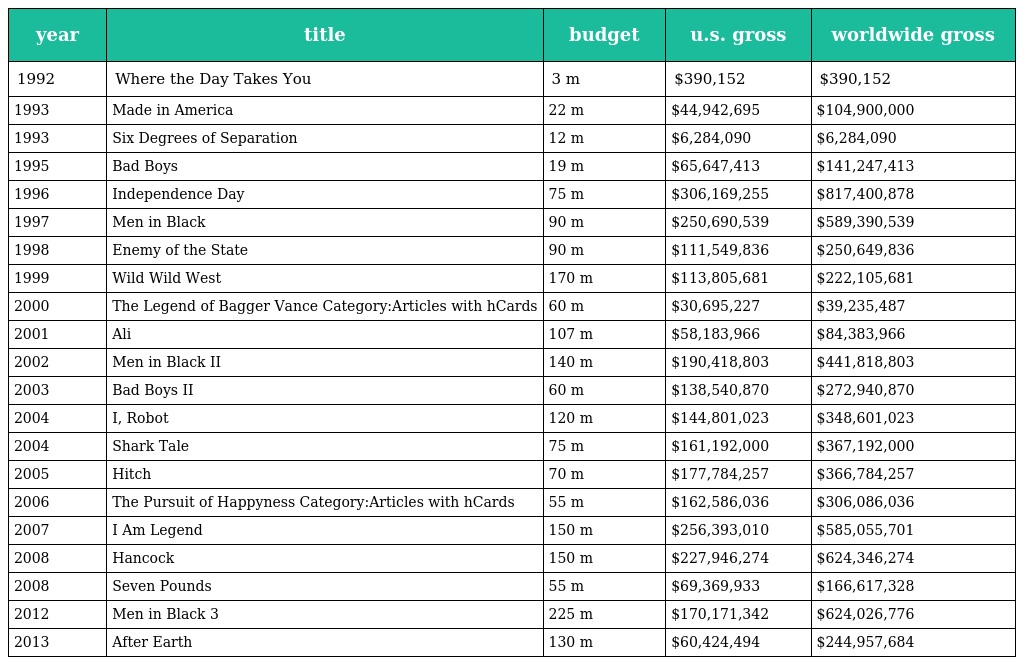
| year | title | budget | u.s. gross | worldwide gross |
 | --- | --- | --- | --- | --- |
 | 1992 | Where the Day Takes You | 3 m | $390,152 | $390,152 |
 | 1993 | Made in America | 22 m | $44,942,695 | $104,900,000 |
 | 1993 | Six Degrees of Separation | 12 m | $6,284,090 | $6,284,090 |
 | 1995 | Bad Boys | 19 m | $65,647,413 | $141,247,413 |
 | 1996 | Independence Day | 75 m | $306,169,255 | $817,400,878 |
 | 1997 | Men in Black | 90 m | $250,690,539 | $589,390,539 |
 | 1998 | Enemy of the State | 90 m | $111,549,836 | $250,649,836 |
 | 1999 | Wild Wild West | 170 m | $113,805,681 | $222,105,681 |
 | 2000 | The Legend of Bagger Vance Category:Articles with hCards | 60 m | $30,695,227 | $39,235,487 |
 | 2001 | Ali | 107 m | $58,183,966 | $84,383,966 |
 | 2002 | Men in Black II | 140 m | $190,418,803 | $441,818,803 |
 | 2003 | Bad Boys II | 60 m | $138,540,870 | $272,940,870 |
 | 2004 | I, Robot | 120 m | $144,801,023 | $348,601,023 |
 | 2004 | Shark Tale | 75 m | $161,192,000 | $367,192,000 |
 | 2005 | Hitch | 70 m | $177,784,257 | $366,784,257 |
 | 2006 | The Pursuit of Happyness Category:Articles with hCards | 55 m | $162,586,036 | $306,086,036 |
 | 2007 | I Am Legend | 150 m | $256,393,010 | $585,055,701 |
 | 2008 | Hancock | 150 m | $227,946,274 | $624,346,274 |
 | 2008 | Seven Pounds | 55 m | $69,369,933 | $166,617,328 |
 | 2012 | Men in Black 3 | 225 m | $170,171,342 | $624,026,776 |
 | 2013 | After Earth | 130 m | $60,424,494 | $244,957,684 |